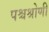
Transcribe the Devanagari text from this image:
पश्चश्रोणी